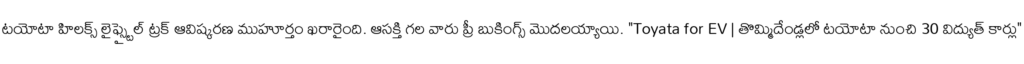
టయోటా హిలక్స్ లైఫ్స్టైల్ ట్రక్ ఆవిష్కరణ ముహూర్తం ఖరారైంది. ఆసక్తి గల వారు ప్రీ బుకింగ్స్ మొదలయ్యాయి. "Toyata for EV | తొమ్మిదేండ్లలో టయోటా నుంచి 30 విద్యుత్ కార్లు"